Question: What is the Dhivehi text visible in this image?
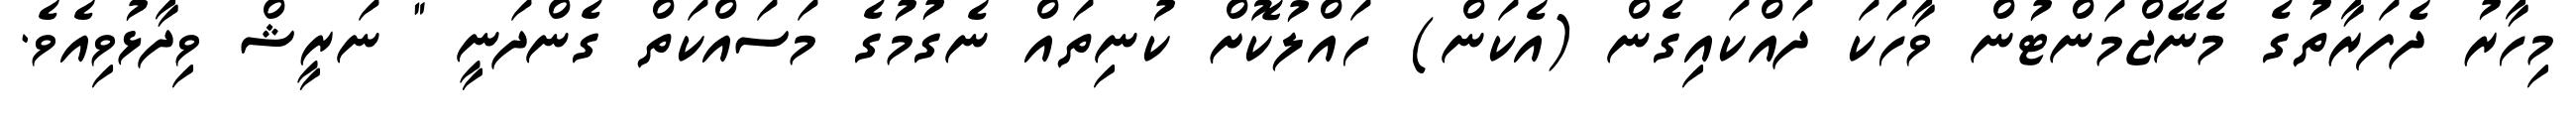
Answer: މިހާރު ދެފަރާތުގެ މެނޭޖްމަންޓުން ވާހަކަ ދައްކައިގެން (އެކަން) ހައްލުކޮށް ކުނިތައް ނެގުމުގެ މަސައްކަތް ގެންދަނީ " ނަރީޝް ވިދާޅުވިއެވެ.